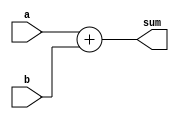
`define datawidth 32
module adder(
    output[`datawidth-1:0] sum,
    input[`datawidth-1:0] a,
    input[`datawidth-1:0] b);
    assign sum = a+b;
    endmodule